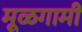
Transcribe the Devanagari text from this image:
मूळगामी